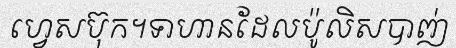
ហ្វេសប៊ុក។ទាហានដែលប៉ូលិសបាញ់